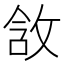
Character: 𫾵